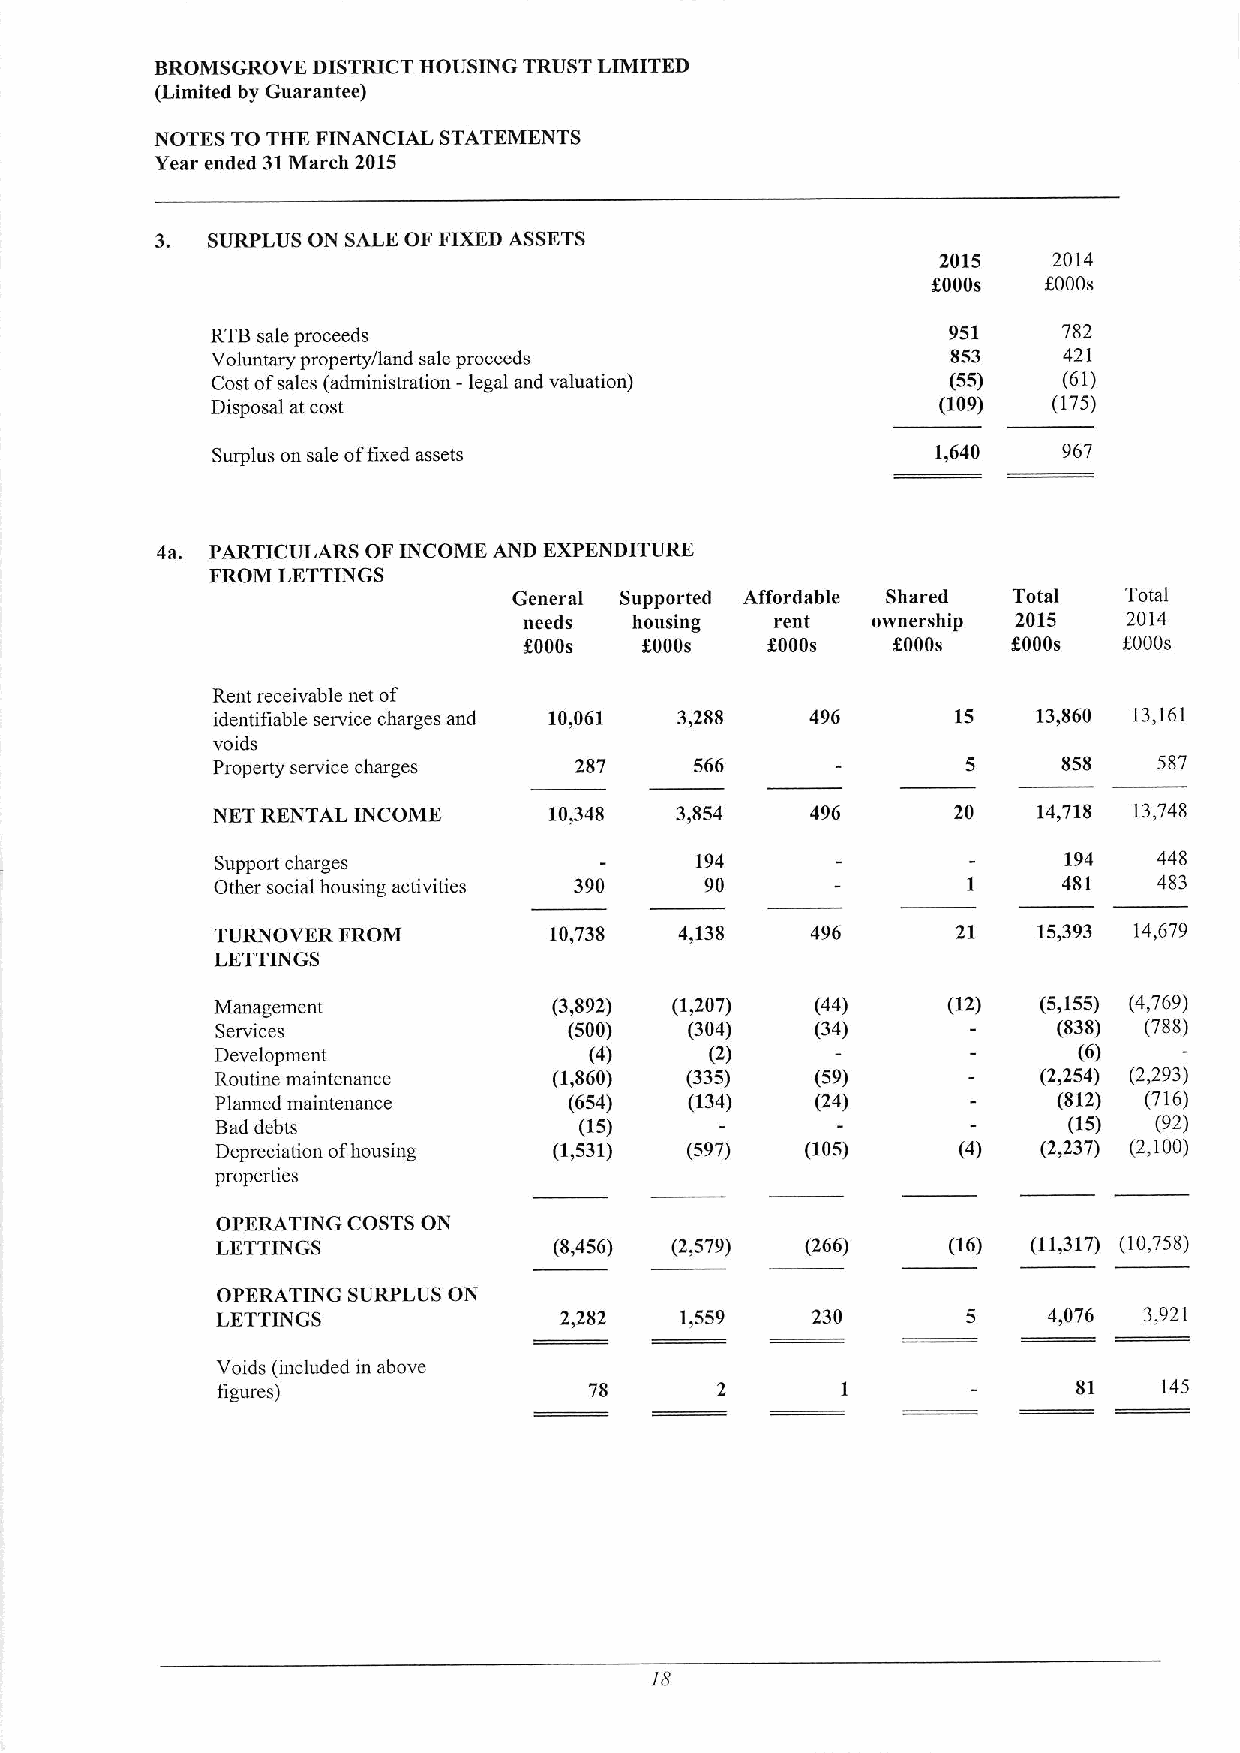
BROMSGROVE DISTRICT HOUSING TRUST LIMITED
 (Limited by Guarantee)
 NOTES TO THK FINANCIAL STATEMENTS
 Year ended 31March 2015
 3.  SURPLUS ON SALE OF FIXEDASSETS
 2015    2014
 8000s  5000s
 RTBsale proceeds                                 951    782
 Voluntary property/land sale proceeds            853    421
 Cost ofsales (administration - legal and valuation) (55) (61)
 Disposal at cost                                (109)   (175)
 Surplus on sale offixed assets                  1,640   967
 4a. PARTICULARS OF INCOME AND EXPENDITURE
 FROM LETTINGS
 General Supported Affordable Shared Total Total
 needs  housing  rent   ownership 2015   2014
 8000s   5000s   5000s   %000s   5000s  fOOOs
 Rent receivable net of
 identifiable service charges and 10,061 3,288 496 15   13,860 13,161
 votds
 Property service charges 287    566               5     858    587
 NET RENTAL INCOME     10)348   3,854    496      20    14,718 13,748
 Support charges                 194                     194    448
 Other social housing activities 390 90            1     481    483
 TURNOVER FROM         10,738   4,138    496      21    15,393 14,679
 LETTINGS
 Management             (3,892) (1,207)  (44)     (12)  (5,155) (4,769)
 Services                (500)   (304)   (34)            (838) (788)
 Development              (4)     (2)                     (6)
 Routine maintenance    (1,860) (335)    (59)           (2,254) (2,293)
 Planned maintenance     (654)   (134)   (24)            (812) (716)
 Bad debts               (15)                             (15) (92)
 Depreciation ofhousing (1,531) (597)   (105)     (4)   (2,237) (2,100)
 properties
 OPERATING COSTS ON
 LKTTINGS               (8,456) (2,579) (266)     (16) (11,317) (10,758)
 OPERATING SURPLUS ON
 LETTINGS               2,282   1,559    230       5    4,076  3,921
 Voids (included in above
 figures)                 78                              81    145